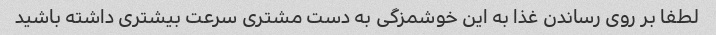
لطفا بر روی رساندن غذا به این خوشمزگی به دست مشتری سرعت بیشتری داشته باشید